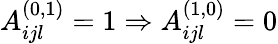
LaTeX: A_{ijl}^{(0,1)}=1\Rightarrow A_{ijl}^{(1,0)}=0